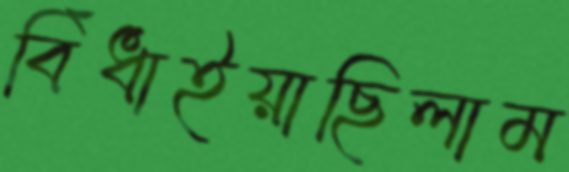
বিঁধাইয়াছিলাম